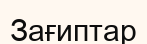
Зағиптар